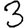
Digit: 3